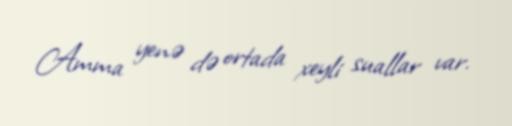
Amma yenə də ortada xeyli suallar var.